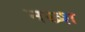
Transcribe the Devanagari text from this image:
नख्श